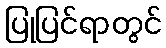
ပြုပြင်ရာတွင်